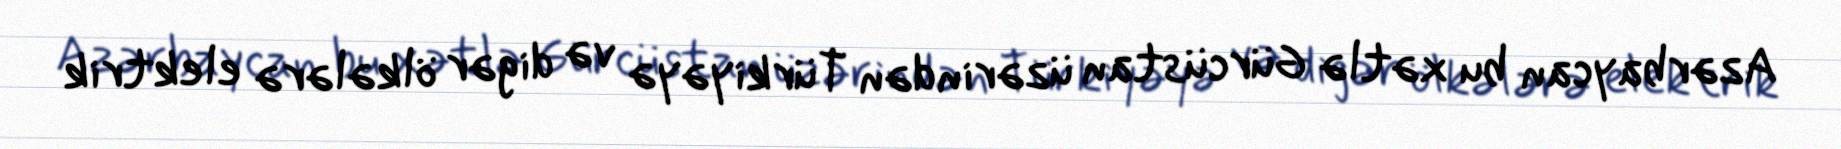
Azərbaycan bu xətlə Gürcüstan üzərindən Türkiyəyə və digər ölkələrə elektrik